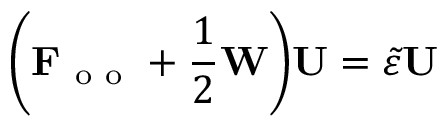
\bigg ( \mathbf { F } _ { \mathrm { ~ o ~ o ~ } } + \frac { 1 } { 2 } \mathbf { W } \bigg ) \mathbf { U } = \tilde { \varepsilon } \mathbf { U }